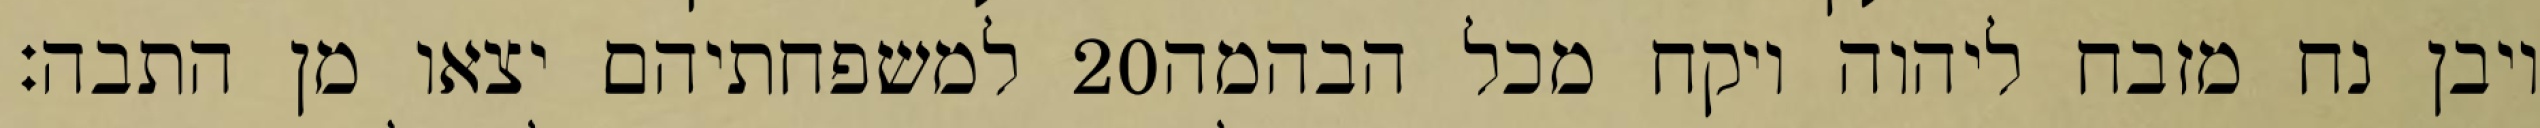
למשפחתיהם יצאו מן התבה׃ ‎20‏ ויבן נח מזבח ליהוה ויקח מכל הבהמה